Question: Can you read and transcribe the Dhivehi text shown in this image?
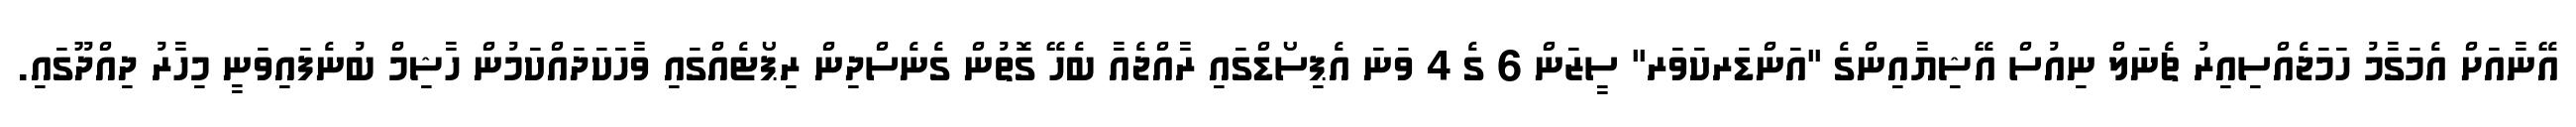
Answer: އޭނާއަށް އެމަގާމު ހަމަޖެއްސިއިރު ޗެނަލް ނިއުސް އޭޝިޔާއިންގެ "އަންޑަރކަވަރ" ސީޒަން 6 ގެ 4 ވަނަ އެޕިސޯޑްގައި ރާއްޖެއާ ބެހޭ ގޮތުން ގެނެސްދިން ރިޕޯޓެއްގައި ވާހަކަދައްކަމުން ހާޝިމް ބުނެފައިވަނީ މިހާރު ދިއްދޫގައި.